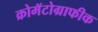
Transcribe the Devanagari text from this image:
क्रोमॅटोग्राफीक